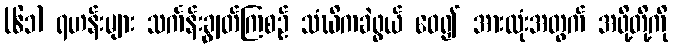
(၆၁) ရဟန်းများ သင်္ကန်းချွတ်ကြစဉ် သံဃိကခဲဖွယ် ဝေ၍ အားလုံးအတွက် အဖို့တို့ကို